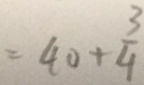
= 4 0 + \frac { 3 } { 4 }